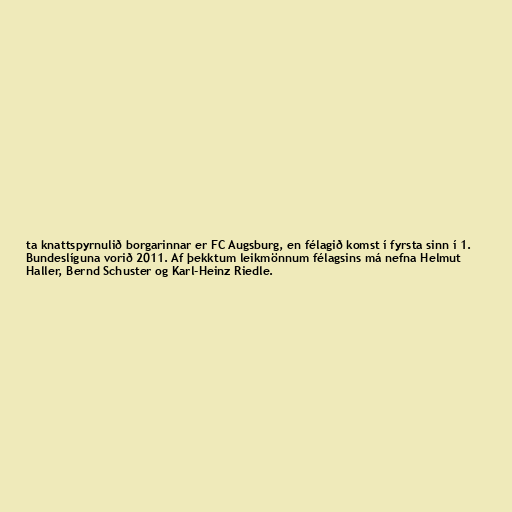
ta knattspyrnulið borgarinnar er FC Augsburg, en félagið komst í fyrsta sinn í 1.
Bundeslíguna vorið 2011. Af þekktum leikmönnum félagsins má nefna Helmut
Haller, Bernd Schuster og Karl-Heinz Riedle.